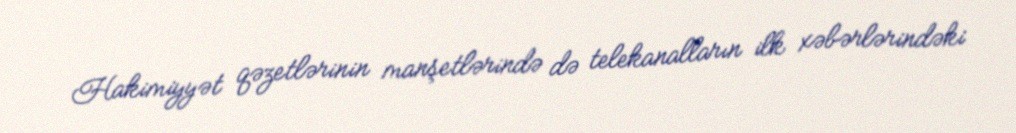
Hakimiyyət qəzetlərinin manşetlərində də telekanalların ilk xəbərlərindəki